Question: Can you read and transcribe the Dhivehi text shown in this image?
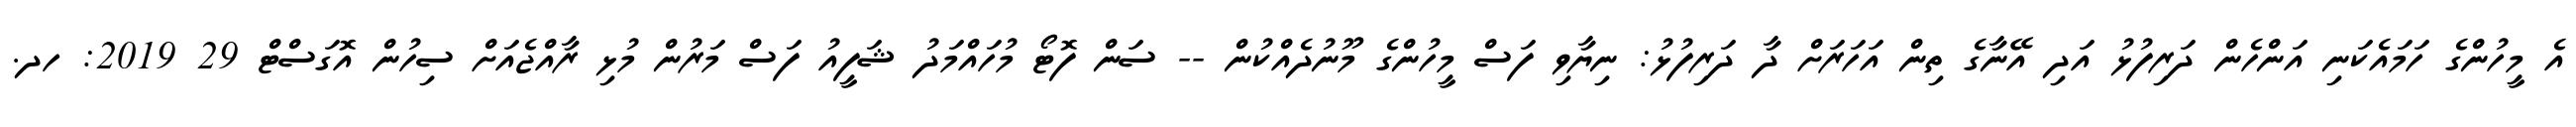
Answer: އެ މީހުންގެ ހަމައެކަނި އަންހެން ދަރިފުޅު އަދި އޭނާގެ ތިން އަހަރަށް ދާ ދަރިފުޅު: ނިޔާވި ފަސް މީހުންގެ މޫނުދެއްކުން -- ސަން ފޮޓޯ މުހައްމަދު ޝަފީއު ފަސް މަރުން މުޅި ރާއްޖެއަށް ސިހުން އޮގަސްޓް 29 2019: ހދ.